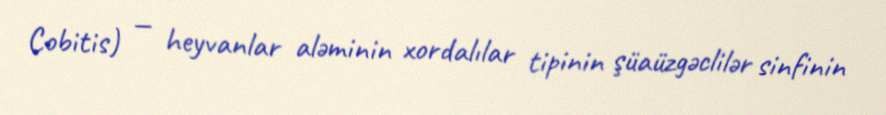
Cobitis) — heyvanlar aləminin xordalılar tipinin şüaüzgəclilər sinfinin